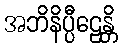
အဘိနိပ္ပီဠေန္တိ